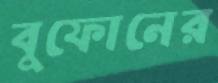
বুফোনের